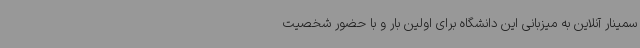
سمینار آنلاین به میزبانی این دانشگاه برای اولین بار و با حضور شخصیت